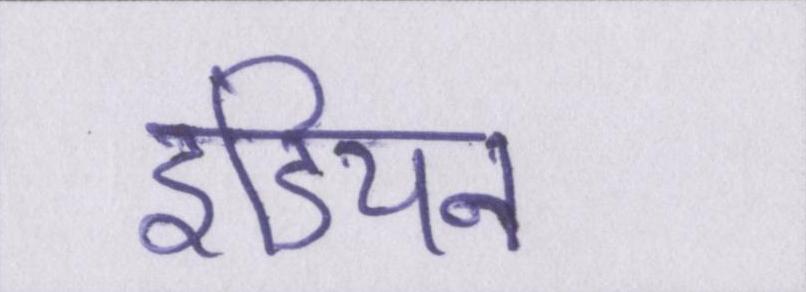
इंडियन